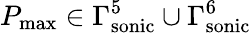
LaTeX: P_{\mathrm{max}}\in\Gamma_{\mathrm{sonic}}^{5}\cup\Gamma_{\mathrm{sonic}}^{6}